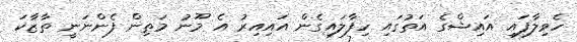
ހެވިލާފައި އައިޝްގެ އަތުގައި ހިފާލައިގެން އައިއިރު އެ މޫނު މަތިން ފެންނަނީ ތާޒާކަ